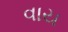
વાય